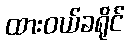
ထားဝယ်ခရိုင်